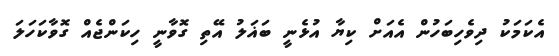
އެކަމަކު ދިވެހިބަހުން އެއަށް ކިޔާ އުޅެނީ ބަޣަލު އޭތި ގޮވާނީ ހިކަންޖެއް ގޮވާކަހަލަ